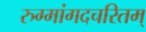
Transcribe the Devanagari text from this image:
रुग्मांगदचरितम्